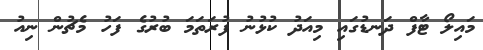
މައިލޯ ޓާފް ދަނޑުގައި މިއަދު ކުޅުނު ފުރަތަމަ ބުރުގެ ފަހު މެޗުން ނިއު